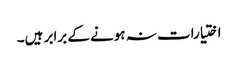
اختیارات نہ ہونے کے برابر ہیں۔